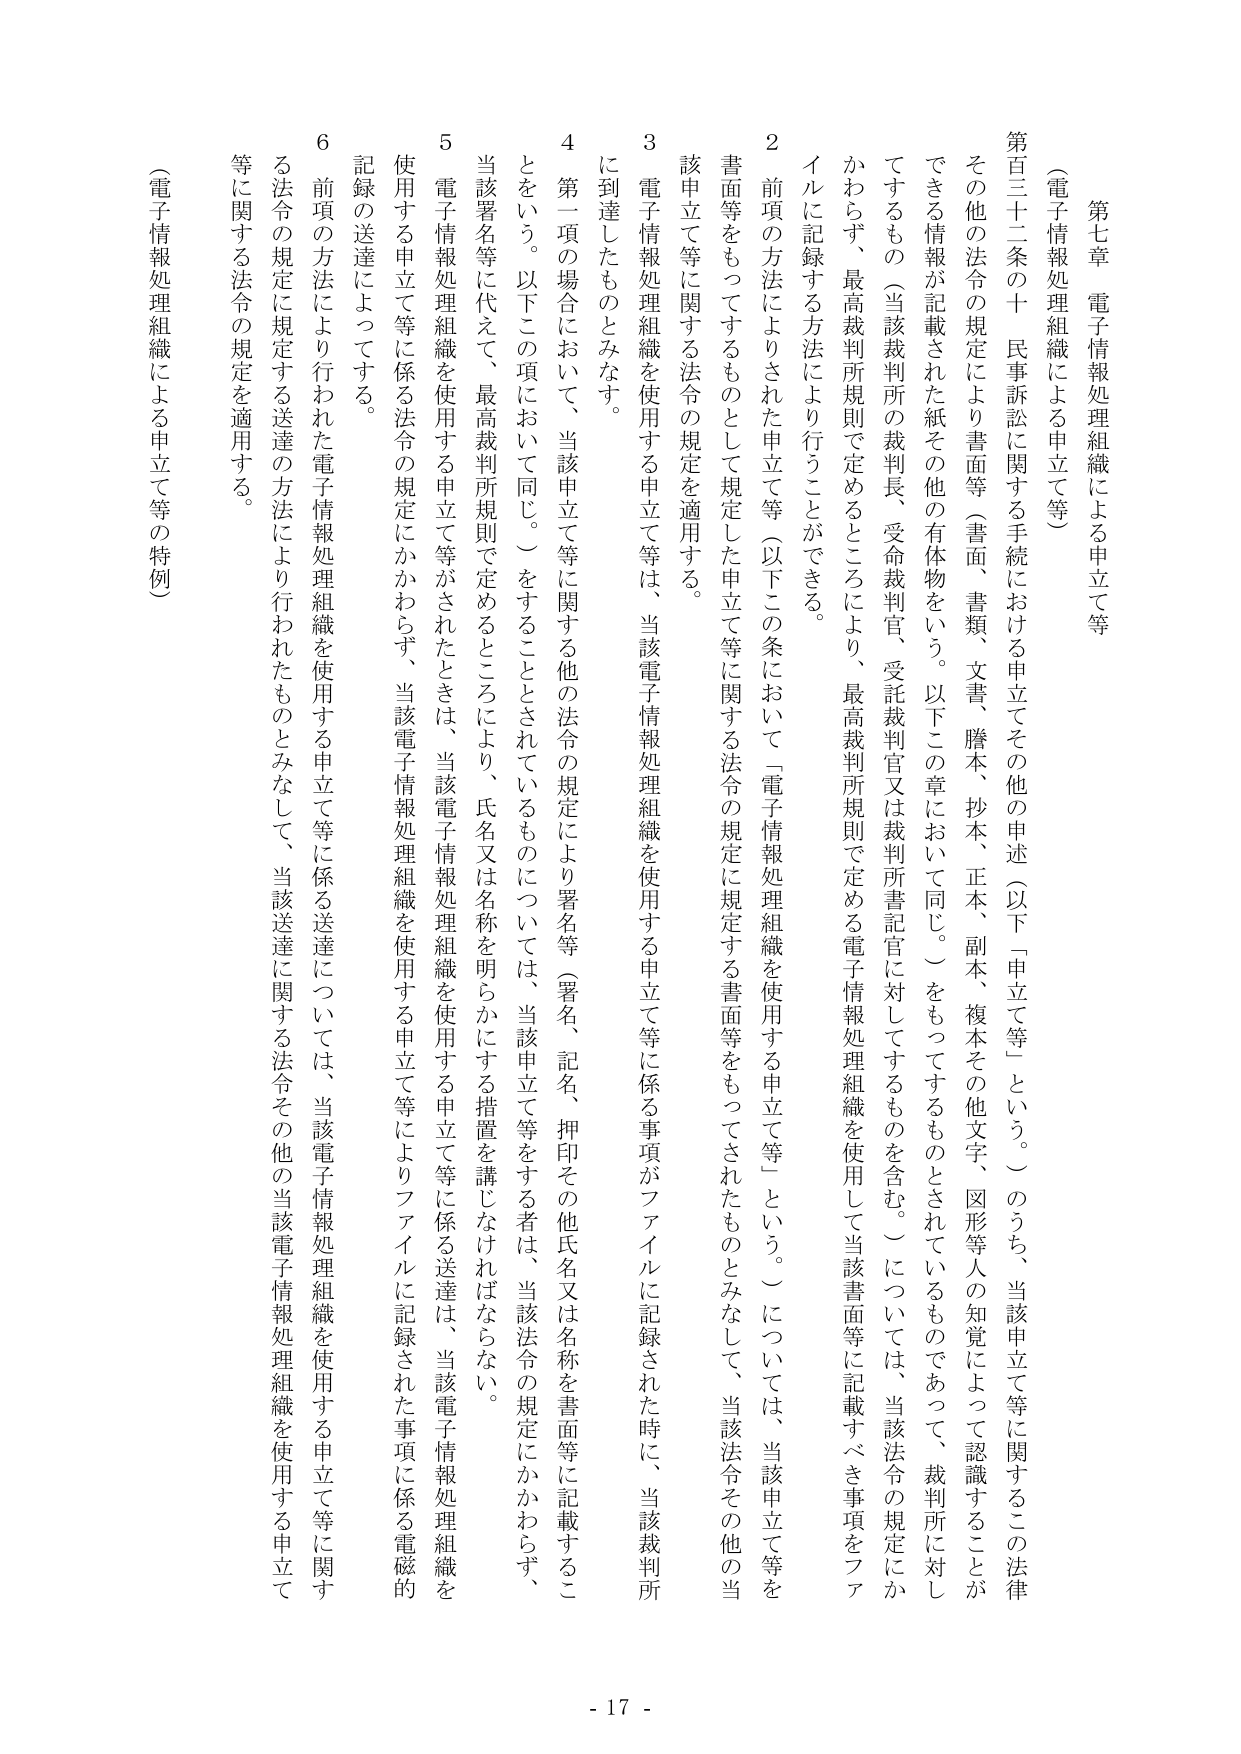
第七章 電子情報処理組織による申立て等

（電子情報処理組織による申立て等）

第百三十二条の十 民事訴訟に関する手続における申立てその他の申述（以下「申立て等」という。）のうち、当該申立て等に関するこの法律その他の法令の規定により書面等（書面、書類、文書、謄本、抄本、正本、副本、複本その他文字、図形等人の知覚によって認識することができる情報が記載された紙その他の有体物をいう。以下この章において同じ。）をもってするものとされているものであって、裁判所に対し、かわらず、最高裁判所規則で定めるところにより、最高裁判所規則で定める電子情報処理組織を使用して当該書面等に記載すべき事項をファイルに記録する方法により行うことができる。

２ 前項の方法によりされた申立て等（以下この条において「電子情報処理組織を使用する申立て等」という。）については、当該申立て等を書面等をもってするものとして規定した申立て等に関する法令の規定に規定する書面等をもってされたものとみなして、当該法令その他の当該申立て等に関する法令の規定を適用する。

３ 電子情報処理組織を使用する申立て等は、当該電子情報処理組織を使用する申立て等に係る事項がファイルに記録された時に、当該裁判所に到達したものとみなす。

４ 第一項の場合において、当該申立て等に関する他の法令の規定により署名等（署名、記名、押印その他氏名又は名称を書面等に記載することをいう。以下この項において同じ。）をすることがされているものについては、当該申立て等をする者は、当該法令の規定にかかわらず、当該署名等に代えて、最高裁判所規則で定めるところにより、氏名又は名称を明らかにする措置を講じなければならない。

５ 電子情報処理組織を使用する申立て等がされたときは、当該電子情報処理組織を使用する申立て等に係る送達は、当該電子情報処理組織を使用する申立て等に係る法令の規定にかかわらず、当該電子情報処理組織を使用する申立て等によりファイルに記録された事項に係る電磁的記録の送達によってする。

６ 前項の方法により行われた電子情報処理組織を使用する申立て等に係る送達については、当該電子情報処理組織を使用する申立て等に関する法令の規定に規定する送達の方法により行われたものとみなして、当該送達に関する法令その他の当該電子情報処理組織を使用する申立て等に関する法令の規定を適用する。

（電子情報処理組織による申立て等の特例）

- 17 -